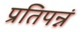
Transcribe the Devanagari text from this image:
प्रतिपन्नं